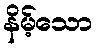
နိမ့်သော